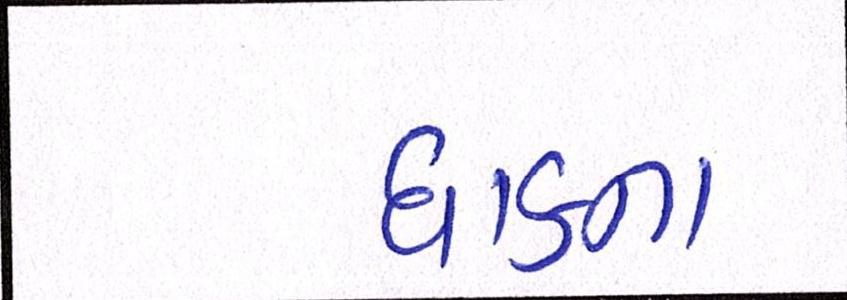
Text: ધાકના